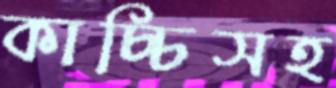
কাচ্চিসহ